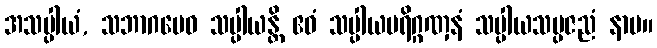
အသပ္ပါယံ, သဘာဂမေဝ သပ္ပါယန္တိ ဧဝံ သပ္ပါယပရိဂ္ဂဏှနံ သပ္ပါယသမ္ပဇညံ နာမ။